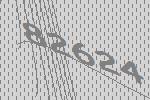
82624